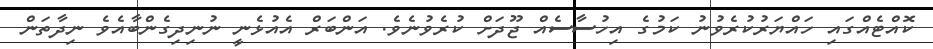
ކޮއްޓެއްގައި ހައްޔަރުކުރެވުނު ކަމުގެ އިހުސާސެއް ޖޫދަށް ކުރެވުނެވެ. އަންބަރް އެއުޅެނީ ނުނިދިގެންބާއެވެ ނިދާތަން